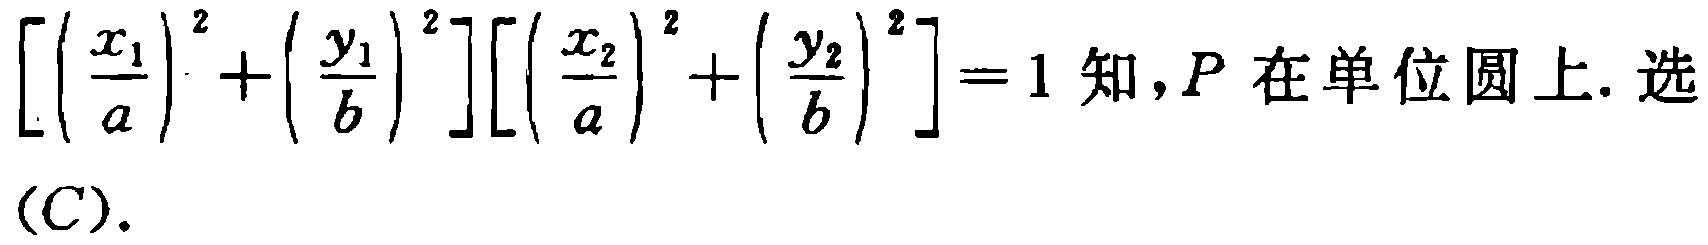
\([(\frac{x_1}{a})^2 + (\frac{y_1}{b})^2][(\frac{x_2}{a})^2 + (\frac{y_2}{b})^2]=1 \text{ 知},P \text{ 在单位圆上. 选 }(C).\)